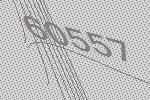
60557